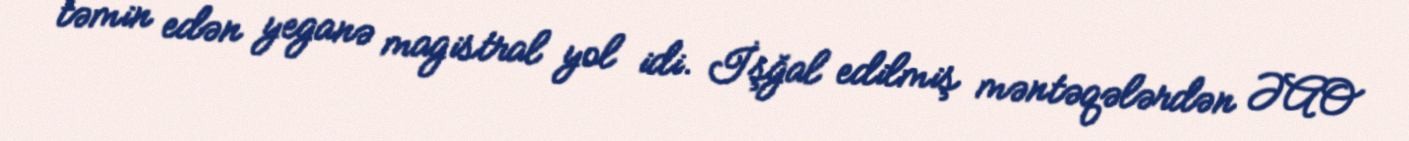
təmin edən yeganə magistral yol idi. İşğal edilmiş məntəqələrdən ƏAO